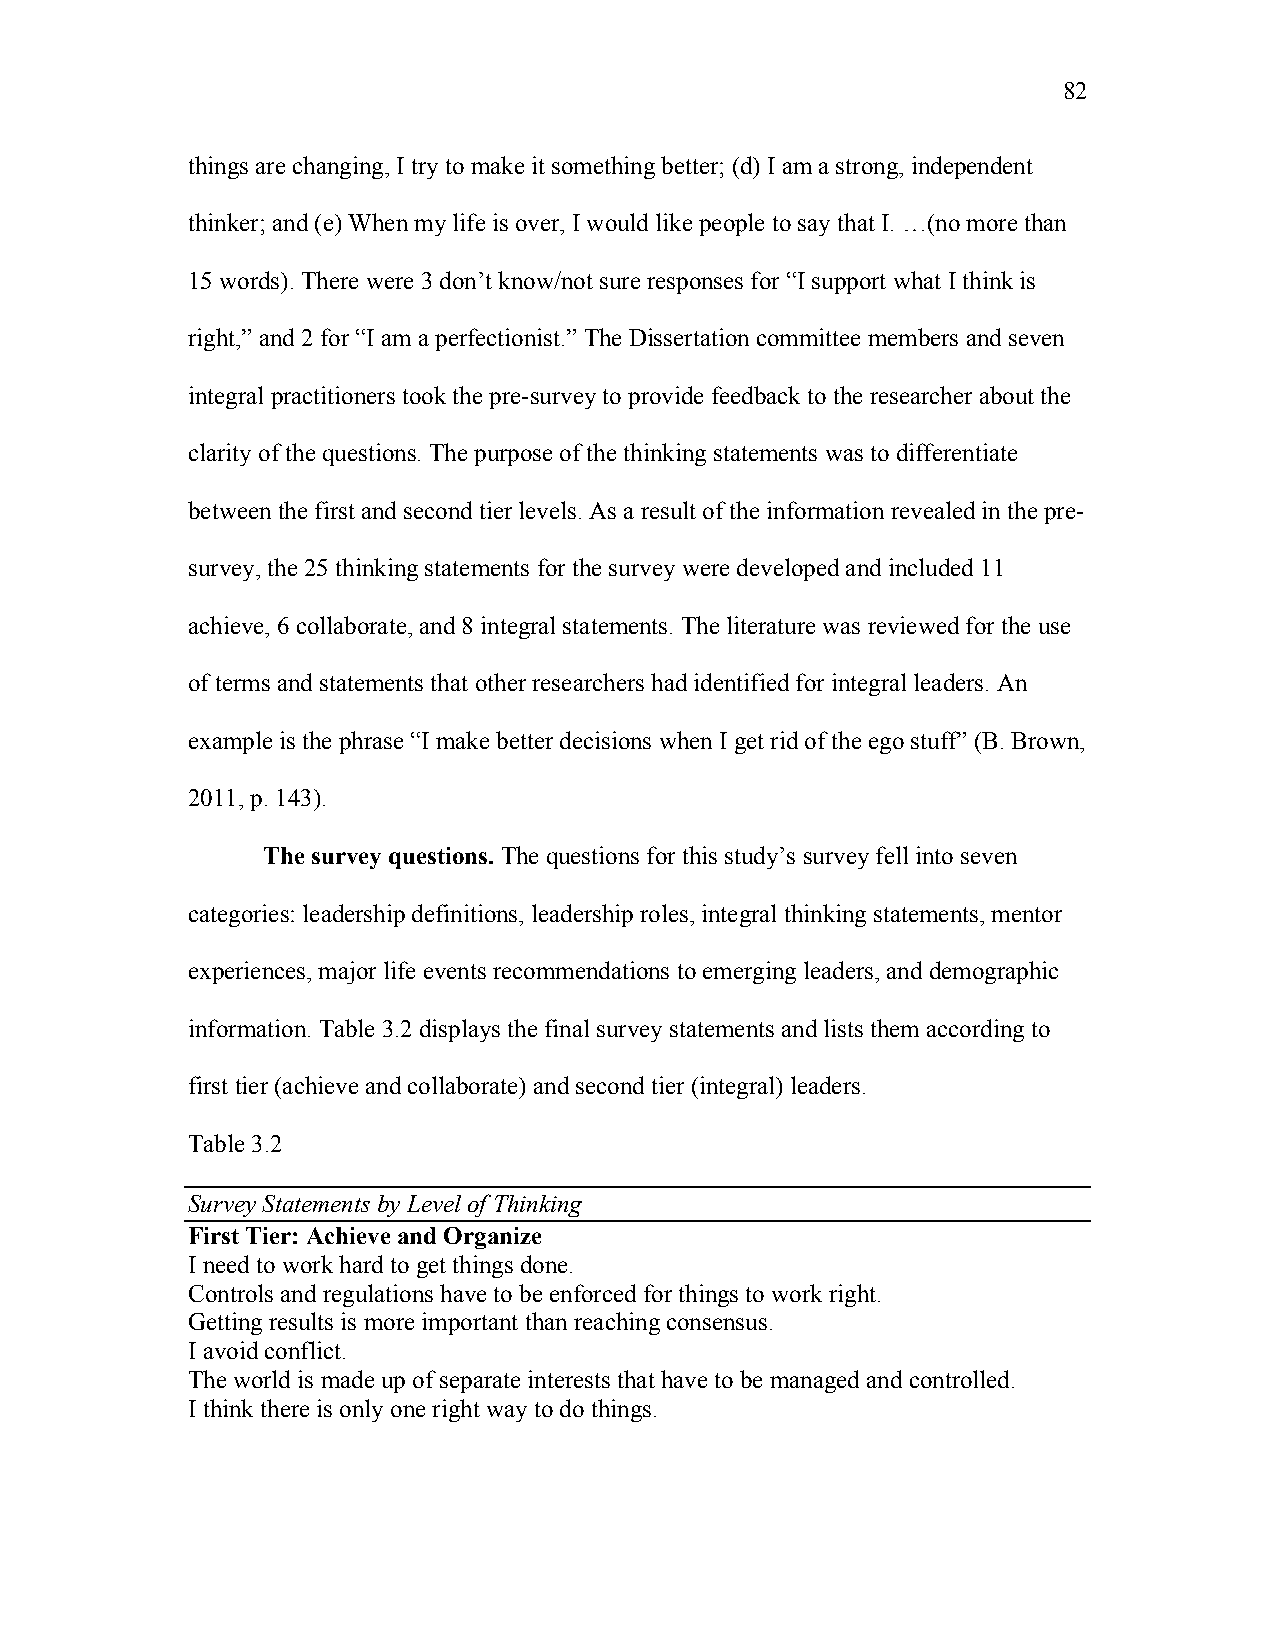
82
 things are changing, I try to make it something better; (d) I am a strong, independent
 thinker; and (e) When my life is over, I would like people to say that I. …(no more than
 15 words). There were 3 don’t know/not sure responses for “I support what I think is
 right,” and 2 for “I am a perfectionist.” The Dissertation committee members and seven
 integral practitioners took the pre-survey to provide feedback to the researcher about the
 clarity of the questions. The purpose of the thinking statements was to differentiate
 between the first and second tier levels. As a result of the information revealed in the pre-
 survey, the 25 thinking statements for the survey were developed and included 11
 achieve, 6 collaborate, and 8 integral statements. The literature was reviewed for the use
 of terms and statements that other researchers had identified for integral leaders. An
 example is the phrase “I make better decisions when I get rid of the ego stuff” (B. Brown,
 2011, p. 143).
 The survey questions. The questions for this study’s survey fell into seven
 categories: leadership definitions, leadership roles, integral thinking statements, mentor
 experiences, major life events recommendations to emerging leaders, and demographic
 information. Table 3.2 displays the final survey statements and lists them according to
 first tier (achieve and collaborate) and second tier (integral) leaders.
 Table 3.2
 Survey Statements by Level of Thinking
 First Tier: Achieve and Organize
 I need to work hard to get things done.
 Controls and regulations have to be enforced for things to work right.
 Getting results is more important than reaching consensus.
 I avoid conflict.
 The world is made up of separate interests that have to be managed and controlled.
 I think there is only one right way to do things.